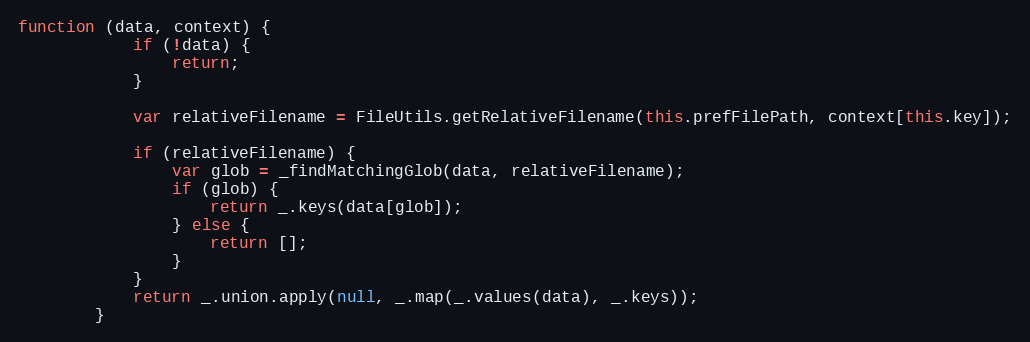
Language: JavaScript
function (data, context) {
            if (!data) {
                return;
            }

            var relativeFilename = FileUtils.getRelativeFilename(this.prefFilePath, context[this.key]);

            if (relativeFilename) {
                var glob = _findMatchingGlob(data, relativeFilename);
                if (glob) {
                    return _.keys(data[glob]);
                } else {
                    return [];
                }
            }
            return _.union.apply(null, _.map(_.values(data), _.keys));
        }